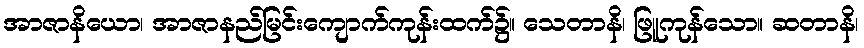
အာဇာနိယော၊ အာဇာနည်မြင်းကျောက်ကုန်းထက်၌။ သေတာနိ၊ ဖြူကုန်သော။ ဆတာနိ၊